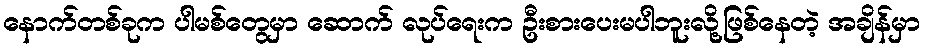
နောက်တစ်ခုက ပါမစ်တွေမှာ ဆောက် လုပ်ရေးက ဦးစားပေးမပါဘူးလို့ဖြစ်နေတဲ့ အချိန်မှာ